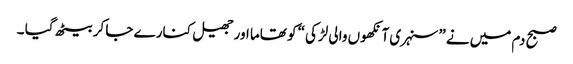
صبح دم میں نے ”سنہری آنکھوں والی لڑکی“ کو تھاما اور جھیل کنارے جا کر بیٹھ گیا ۔